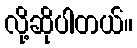
လို့ဆိုပါတယ်။